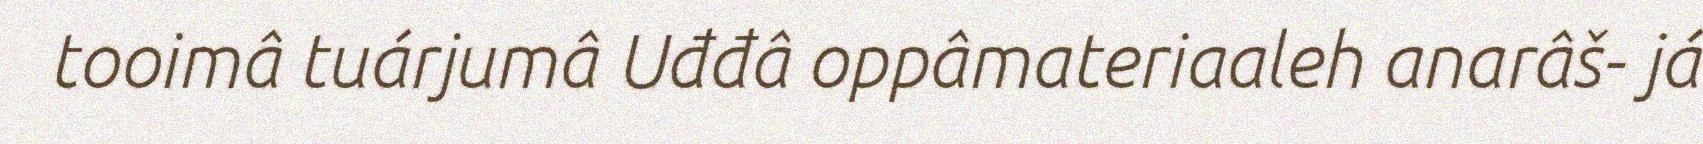
tooimâ tuárjumâ Uđđâ oppâmateriaaleh anarâš- já